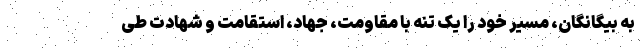
به بیگانگان، مسیر خود را یک تنه با مقاومت، جهاد، استقامت و شهادت طی